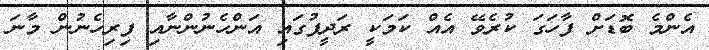
އެންމެ ބޮޑަށް ފާހަގަ ކުރެވޭ އެއް ކަމަކީ ރަދީފުގައި އަންހެނުންނާއިި ފިރިހެނުންް މާނަ